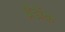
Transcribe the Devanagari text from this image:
ब्रैडॉक